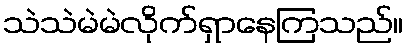
သဲသဲမဲမဲလိုက်ရှာနေကြသည်။